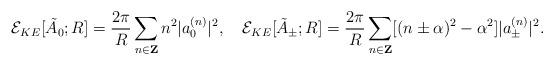
LaTeX: \begin{align*}{\cal E}_{KE}[\tilde{A}_0;R] =\frac{2\pi}{R}\sum_{n \in {\bf Z}}n^2|a_0^{(n)}|^2, \quad{\cal E}_{KE}[\tilde{A}_{\pm};R] =\frac{2\pi}{R}\sum_{n \in {\bf Z}}[(n \pm \alpha)^2-\alpha^2]|a_{\pm}^{(n)}|^2.\end{align*}